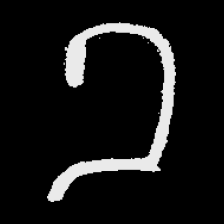
Pyu character \u2014 Myanmar letter: ခ (romanized: kha)